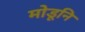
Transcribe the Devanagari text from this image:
मोडूनि